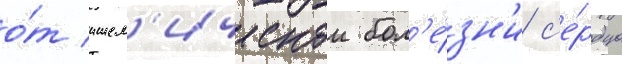
о́т ишем'ическои бол'е́зн'и с'е́рдца